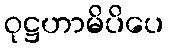
ဝုဋ္ဌဟာမိပိပေ